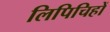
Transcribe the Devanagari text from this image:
लिपिचिहों